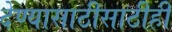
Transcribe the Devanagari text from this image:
देण्यासाठीसाठीही